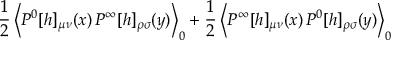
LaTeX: \frac { 1 } { 2 } \left< P ^ { 0 } [ h ] _ { \mu \nu } ( x ) \, P ^ { \infty } [ h ] _ { \rho \sigma } ( y ) \right> _ { 0 } + \frac { 1 } { 2 } \left< P ^ { \infty } [ h ] _ { \mu \nu } ( x ) \, P ^ { 0 } [ h ] _ { \rho \sigma } ( y ) \right> _ { 0 }